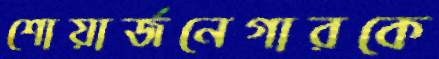
শোয়ার্জনেগারকে